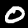
Label: 0